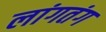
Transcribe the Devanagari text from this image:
लांगतंग